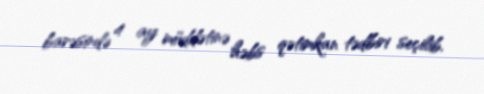
barəsində 4 ay müddətinə həbs qətimkan tədbiri seçilib.